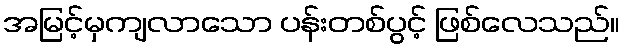
အမြင့်မှကျလာသော ပန်းတစ်ပွင့် ဖြစ်လေသည်။